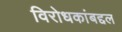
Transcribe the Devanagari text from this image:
विरोधकांबद्दल